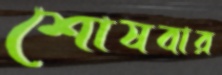
শোষবার